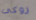
روكى